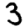
Digit: 3